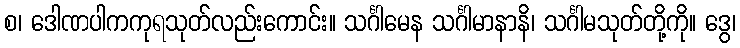
စ၊ ဒေါဏပါကကုရသုတ်လည်းကောင်း။ သင်္ဂါမေန သင်္ဂါမာနာနိ၊ သင်္ဂါမသုတ်တို့ကို။ ဒွေ၊